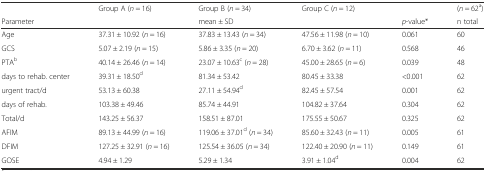
|  | Group A (n = 16) | Group B (n = 34) | Group C (n = 12) |  | (n = 62a) |
 | Parameter |  | mean ± SD |  | p-value* | n total |
 | --- | --- | --- | --- | --- | --- |
 | Age | 37.31 ± 10.92 (n = 16) | 37.83 ± 13.43 (n = 34) | 47.56 ± 11.98 (n = 10) | 0.061 | 60 |
 | GCS | 5.07 ± 2.19 (n = 15) | 5.86 ± 3.35 (n = 20) | 6.70 ± 3.62 (n = 11) | 0.568 | 46 |
 | PTAb | 40.14 ± 26.46 (n = 14) | 23.07 ± 10.63c (n = 28) | 45.00 ± 28.65 (n = 6) | 0.039 | 48 |
 | days to rehab. center | 39.31 ± 18.50d | 81.34 ± 53.42 | 80.45 ± 33.38 | <0.001 | 62 |
 | urgent tract/d | 53.13 ± 60.38 | 27.11 ± 54.94d | 82.45 ± 57.54 | 0.001 | 62 |
 | days of rehab. | 103.38 ± 49.46 | 85.74 ± 44.91 | 104.82 ± 37.64 | 0.304 | 62 |
 | Total/d | 143.25 ± 56.37 | 158.51 ± 87.01 | 175.55 ± 50.67 | 0.325 | 62 |
 | AFIM | 89.13 ± 44.99 (n = 16) | 119.06 ± 37.01d (n = 34) | 85.60 ± 32.43 (n = 11) | 0.005 | 61 |
 | DFIM | 127.25 ± 32.91 (n = 16) | 125.54 ± 36.05 (n = 34) | 122.40 ± 20.90 (n = 11) | 0.149 | 61 |
 | GOSE | 4.94 ± 1.29 | 5.29 ± 1.34 | 3.91 ± 1.04d | 0.004 | 62 |